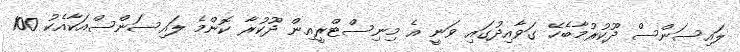
ލައިސަންސް ދޫކުރުމާބެހޭ ގަވާއިދުގައި ވަނީ އެ މިނިސްޓްރީއިން ދޫކުރާ ކޮންމެ ލައިސަންސްއަކާއެކު 100